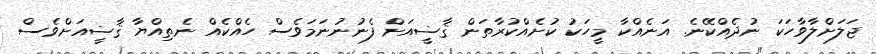
ޖަލަށްލާވާހަކަ ނުދެއްކޭނެ. އަނެއްކާ މީހަކު ކުށެއްކުރާތަން ޤާޟީއަށް ފެނުނުނަމަވެސް ހެއްކެއް ނެތިއްޔާ ޤާޟީއަށްވެސް